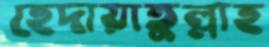
হেদায়াতুল্লাহ